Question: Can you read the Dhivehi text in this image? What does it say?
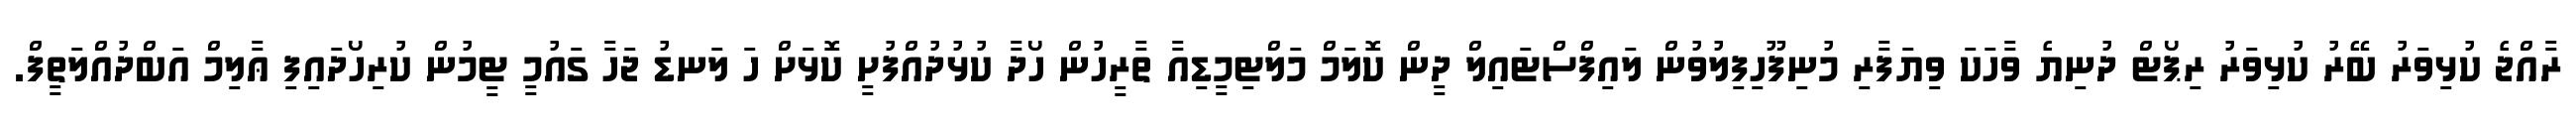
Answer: ރާއްޖެ ކުޅިވަރު ބޭރު ކުޅިވަރު ރިޕޯޓް ދުނިޔެ ވާހަކަ ވިޔަފާރި މުނިފޫހިފިލުވުން ލައިފްސްޓައިލް ދީން ކޮލަމް މަލްޓިމީޑިއާ ތާރީހުން ހޯދާ ކުޅުދުއްފުށީ ކޮޅަށް ހަ ލަނޑު ޖަހާ ގައުމީ ޓީމުން ކުރިހޯދައިފި ޢާލިމް އަބްދުއްލަތީފް.